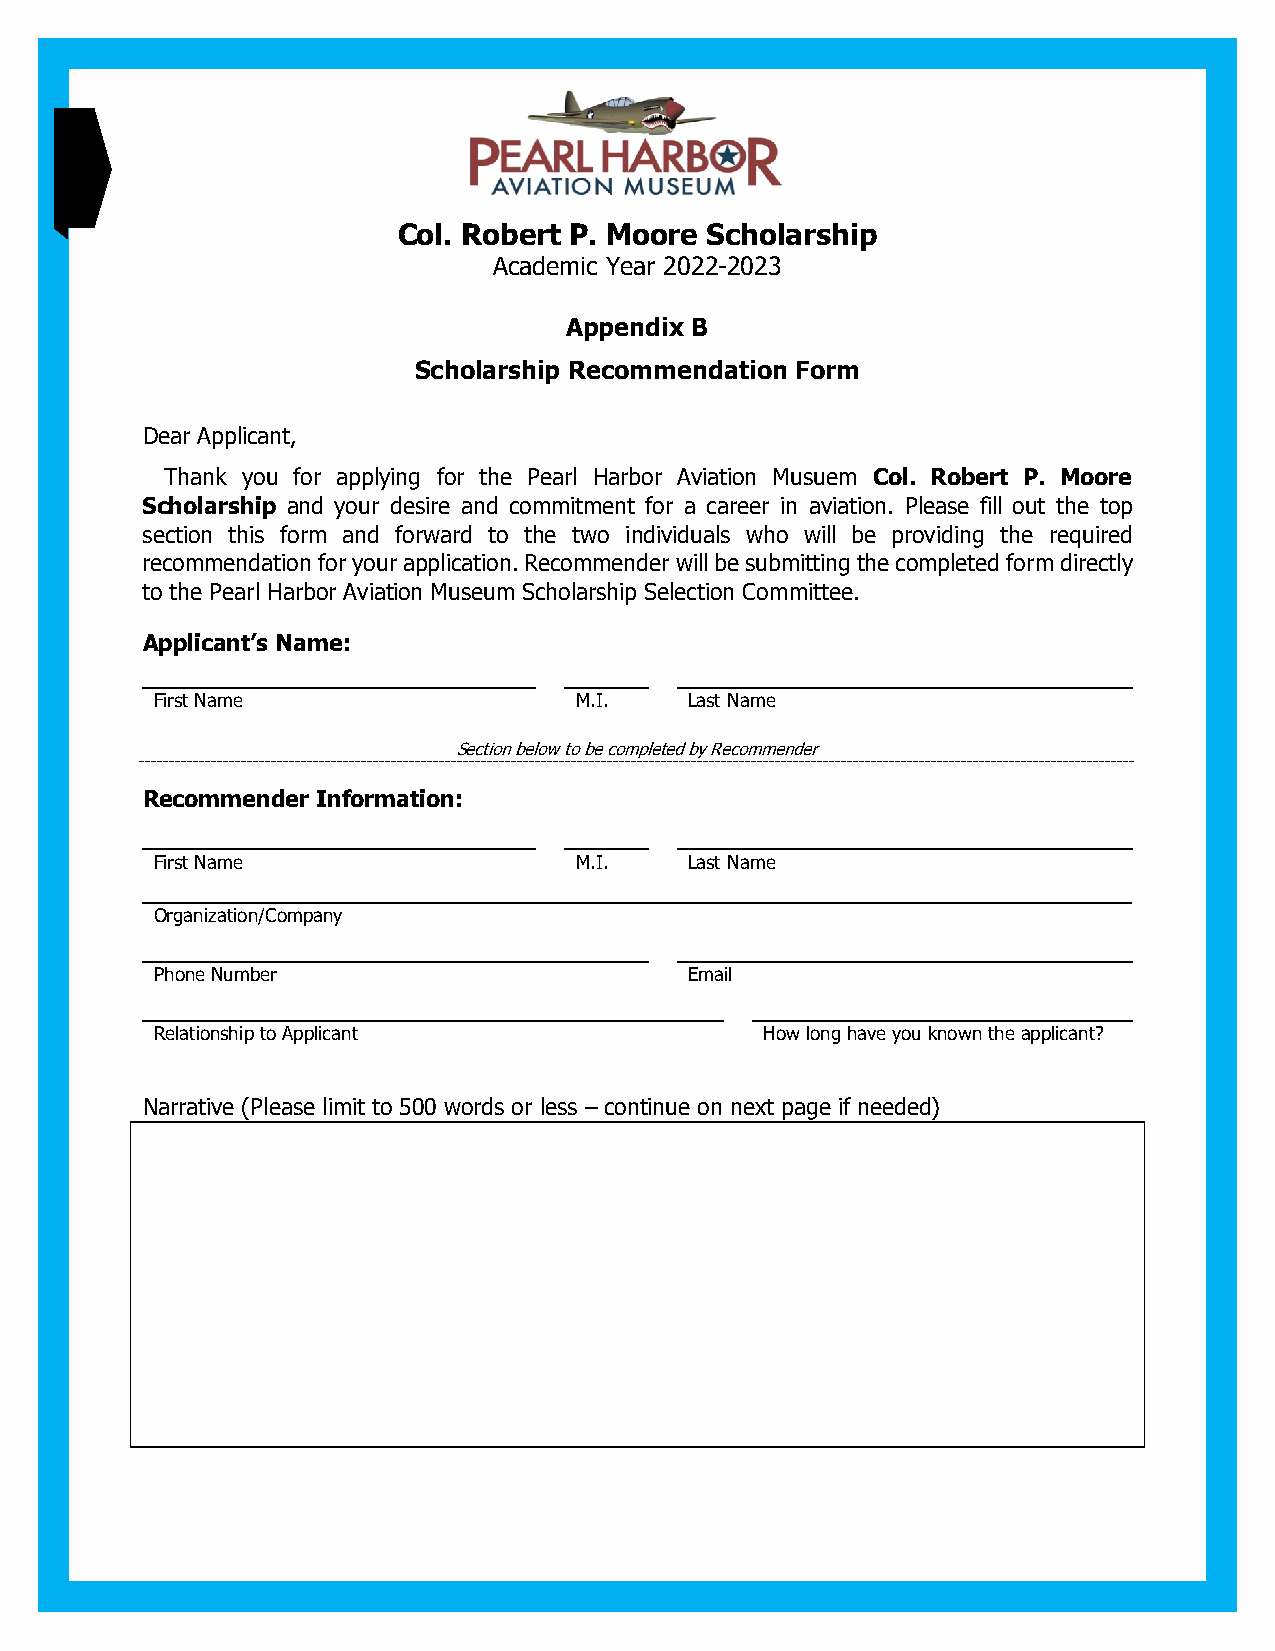
Col. Robert P. Moore Scholarship
 Academic Year 2022-2023
 Appendix B
 Scholarship Recommendation Form
 Dear Applicant,
 Thank you for applying for the Pearl Harbor Aviation Musuem Col. Robert P. Moore
 Scholarship and your desire and commitment for a career in aviation. Please fill out the top
 section this form and forward to the two individuals who will be providing the required
 recommendation for your application. Recommender will be submitting the completed form directly
 to the Pearl Harbor Aviation Museum Scholarship Selection Committee.
 Applicant’s Name:
 First Name                  M.I.    Last Name
 Section below to be completed by Recommender
 Recommender Information:
 First Name                  M.I.    Last Name
 Organization/Company
 Phone Number                        Email
 Relationship to Applicant                How long have you known the applicant?
 Narrative (Please limit to 500 words or less – continue on next page if needed)